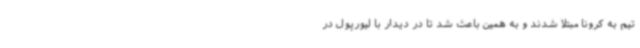
تیم به کرونا مبتلا شدند و به همین باعث شد تا در دیدار با لیورپول در